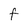
Character: F